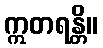
ဣတရန္တိ။